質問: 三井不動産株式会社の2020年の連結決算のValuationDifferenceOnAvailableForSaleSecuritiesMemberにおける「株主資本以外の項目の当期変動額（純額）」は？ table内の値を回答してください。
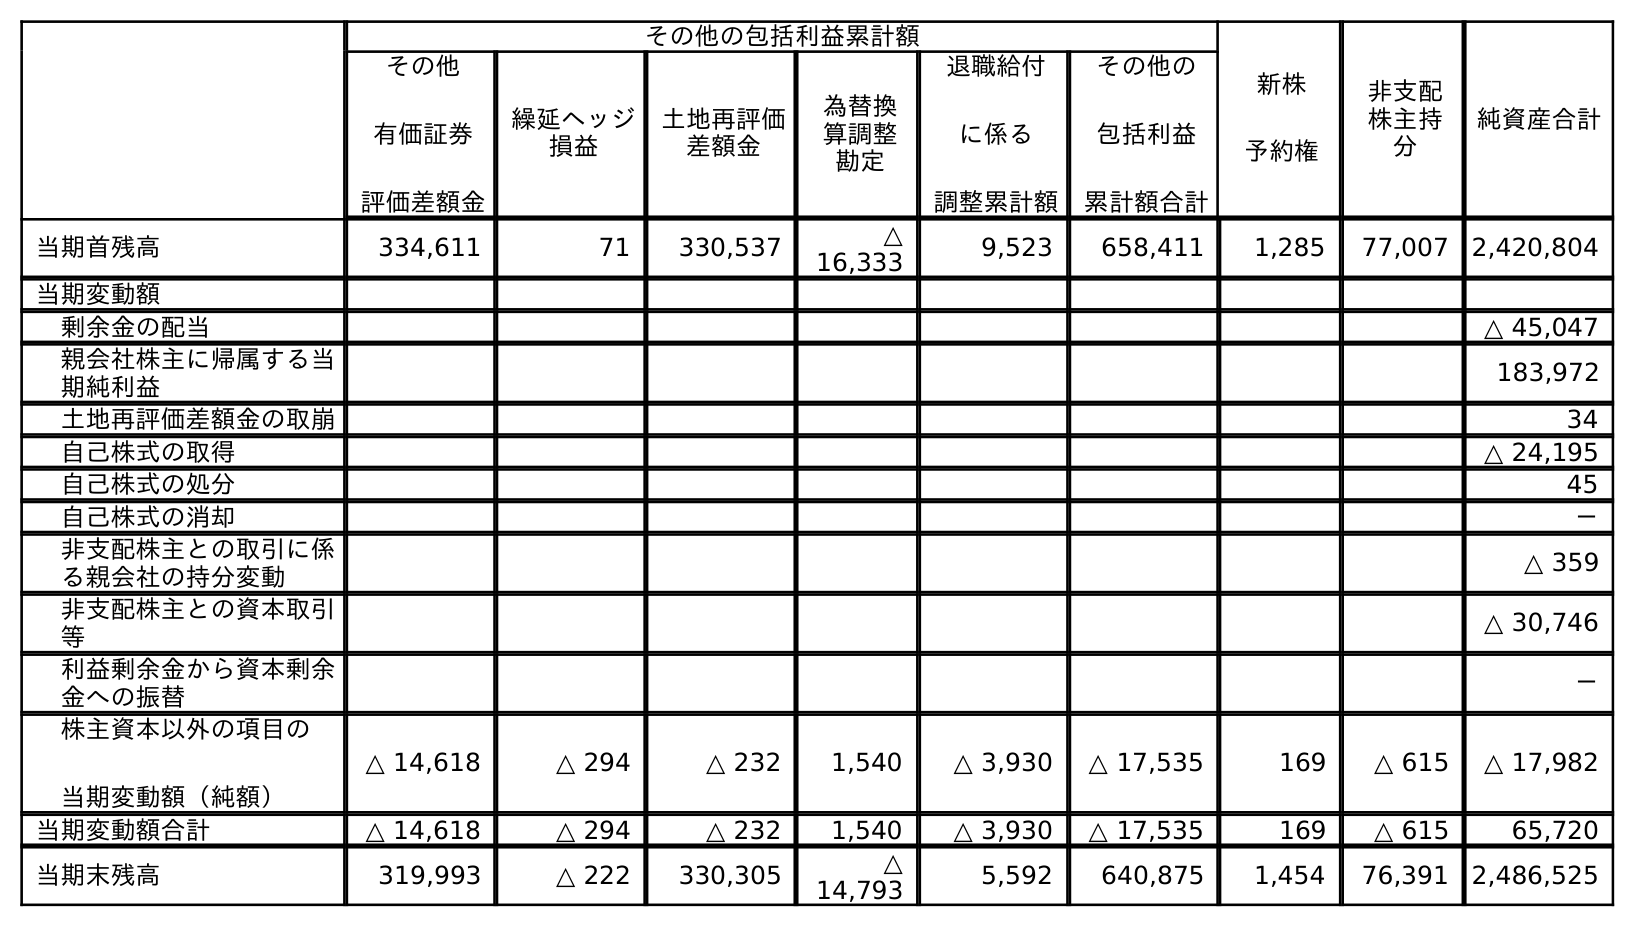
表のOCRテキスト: その他の包括利益累計額 新株 予約権 非支配 株主持 分 純資産合計 その他 有価証券 評価差額金 繰延ヘッジ 損益 土地再評価 差額金 為替換 算調整 勘定 退職給付 に係る 調整累計額 その他の 包括利益 累計額合計 当期首残高 334,611 71 330,537 △ 16,333 9,523 658,411 1,285 77,007 2,420,804 当期変動額 剰余金の配当 △ 45,047 親会社株主に帰属する当 期純利益 183,972 土地再評価差額金の取崩 34 自己株式の取得 △ 24,195 自己株式の処分 45 自己株式の消却 － 非支配株主との取引に係 る親会社の持分変動 △ 359 非支配株主との資本取引 等 △ 30,746 利益剰余金から資本剰余 金への振替 － 株主資本以外の項目の 当期変動額（純額） △ 14,618 △ 294 △ 232 1,540 △ 3,930 △ 17,535 169 △ 615 △ 17,982 当期変動額合計 △ 14,618 △ 294 △ 232 1,540 △ 3,930 △ 17,535 169 △ 615 65,720 当期末残高 319,993 △ 222 330,305 △ 14,793 5,592 640,875 1,454 76,391 2,486,525
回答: △14,618